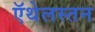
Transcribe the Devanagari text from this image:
ऍथेलस्तन